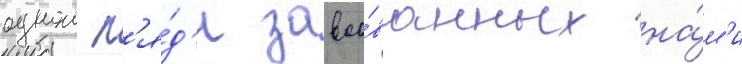
однои п'я́д'и завоо́ванных на́м'и